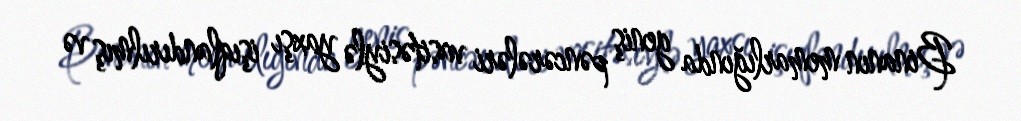
Binanın memarlığında geniş pəncərələri vasitəsiylə yaxşı işıqlandırılmış və